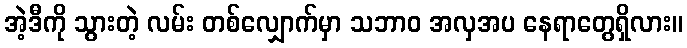
အဲ့ဒီကို သွားတဲ့ လမ်း တစ်လျှောက်မှာ သဘာဝ အလှအပ နေရာတွေရှိလား။